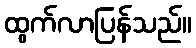
ထွက်လာပြန်သည်။